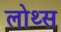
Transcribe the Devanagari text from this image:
लोथ्स